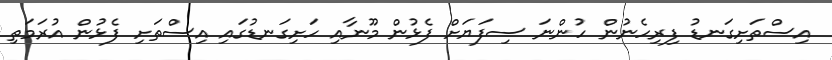
އިސްތަށިގަނޑު ފިރިހެނުން ހުންނަ ސިފަޔަށް ފެޅުން މޫނާއި ހަށިގަނޑުގައި އިސްތަށި ފެޅުން އުރަމަތި